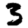
Digit: 3